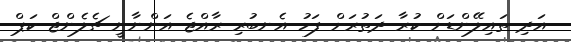
އަދި ތައިލޭންޑަށް ކުރާ ދަތުރަށް ފަހު އެނބުރި ރާއްޖެ އަންނާނީ ޗެލެންޖް ކަޕް